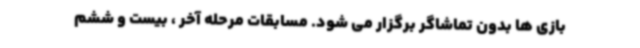
بازی ها بدون تماشاگر برگزار می شود. مسابقات مرحله آخر ، بیست و ششم